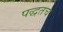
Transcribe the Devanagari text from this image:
पद्धतच